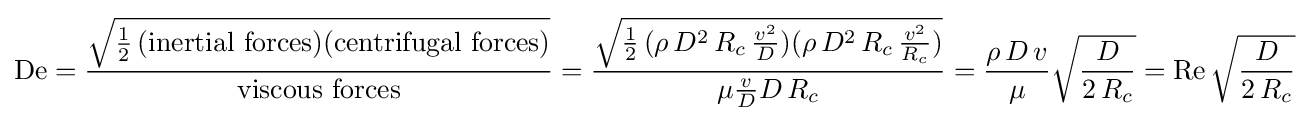
\mathrm {De} ={\frac {\sqrt {{\frac {1}{2}}\,({\text{inertial forces}})({\text{centrifugal forces}})}}{\text{viscous forces}}}={\frac {\sqrt {{\frac {1}{2}}\,(\rho \,D^{2}\,R_{c}\,{\frac {v^{2}}{D}})(\rho \,D^{2}\,R_{c}\,{\frac {v^{2}}{R_{c}}})}}{\mu {\frac {v}{D}}D\,R_{c}}}={\frac {\rho \,D\,v}{\mu }}{\sqrt {\frac {D}{2\,R_{c}}}}={\textrm {Re}}\,{\sqrt {\frac {D}{2\,R_{c}}}}